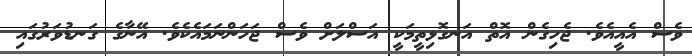
ވެސް އެއީއެވެ. ޖެހިގެން އޮތް އަނގޮޅިތީމަކީ އަސްލަށް ވެސް ޖަހަންނަމައެކެވެ. އޭނާގެ ގަނޑުވަރުގައި